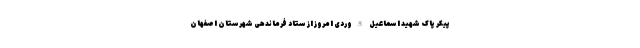
پیکر پاک شهید اسماعیل الله‌وردی امروز از ستاد فرماندهی شهرستان اصفهان